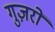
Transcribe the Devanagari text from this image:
गुज़रों